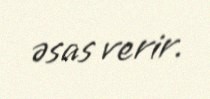
əsas verir.